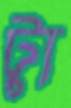
ট্যু